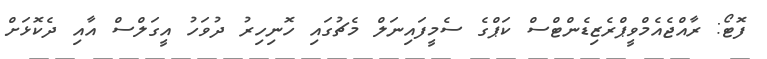
ފޮޓޯ: ރާއްޖެއެމްވީޕްރެޒިޑެންޓްސް ކަޕްގެ ސެމީފައިނަލް މެޗުގައި ހޮނިހިރު ދުވަހު އީގަލްސް އާއި ދެކޮޅަށް